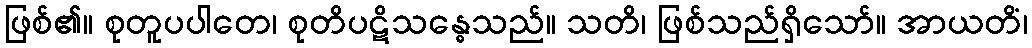
ဖြစ်၏။ စုတူပပါတေ၊ စုတိပဋိသန္ဓေသည်။ သတိ၊ ဖြစ်သည်ရှိသော်။ အာယတိံ၊